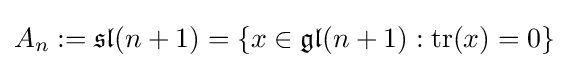
A_{n}:={\mathfrak {sl}}(n+1)=\{x\in {\mathfrak {gl}}(n+1):{\text{tr}}(x)=0\}